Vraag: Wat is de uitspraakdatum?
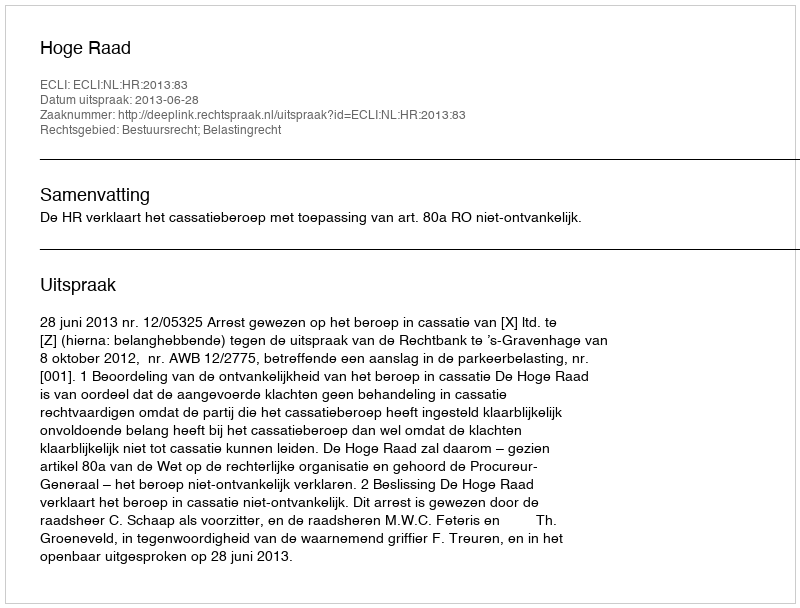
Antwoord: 2013-06-28